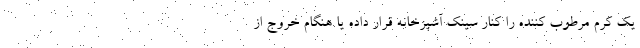
یک کرم مرطوب کننده را کنار سینک آشپزخانه قرار داده یا هنگام خروج از